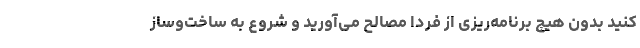
کنید بدون هیچ برنامه‌ریزی از فردا مصالح می‌آورید و شروع به ساخت‌وساز